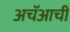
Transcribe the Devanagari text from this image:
अचॅआची